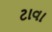
ટાવા